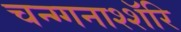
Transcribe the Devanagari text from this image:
चन्ग्गनाश्शॅरि